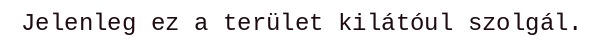
Jelenleg ez a terület kilátóul szolgál.